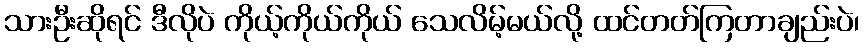
သားဦးဆိုရင် ဒီလိုပဲ ကိုယ့်ကိုယ်ကိုယ် သေလိမ့်မယ်လို့ ထင်တတ်ကြတာချည်းပဲ၊